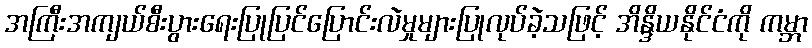
အကြီးအကျယ်စီးပွားရေးပြုပြင်ပြောင်းလဲမှုများပြုလုပ်ခဲ့သဖြင့် အိန္ဒိယနိုင်ငံကို ကမ္ဘာ